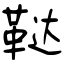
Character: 鞑